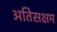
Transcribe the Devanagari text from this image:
अतिसक्षम